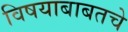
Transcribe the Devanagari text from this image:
विषयाबाबतचे